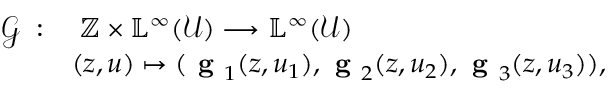
\begin{array} { r l } { \mathcal { G } \; : } & { \; \mathbb { Z } \times \mathbb { L } ^ { \infty } ( \mathcal { U } ) \longrightarrow \mathbb { L } ^ { \infty } ( \mathcal { U } ) } \\ & { ( z , u ) \mapsto ( \textbf { g } _ { 1 } ( z , u _ { 1 } ) , \textbf { g } _ { 2 } ( z , u _ { 2 } ) , \textbf { g } _ { 3 } ( z , u _ { 3 } ) ) , } \end{array}